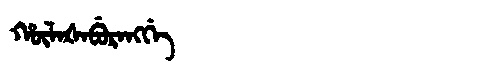
Manchu: ᡥᡡᠯᠠᡧᠠᠪᡠᡵᠠᠩᡤᡝ
Romanization: HŪLAŠABURANGGE